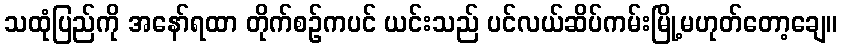
သထုံပြည်ကို အနော်ရထာ တိုက်စဉ်ကပင် ယင်းသည် ပင်လယ်ဆိပ်ကမ်းမြို့မဟုတ်တော့ချေ။